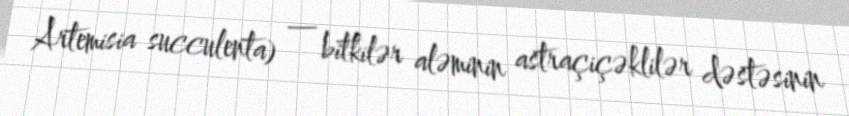
Artemisia succulenta) — bitkilər aləminin astraçiçəklilər dəstəsinin